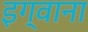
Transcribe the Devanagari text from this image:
इग्वाना